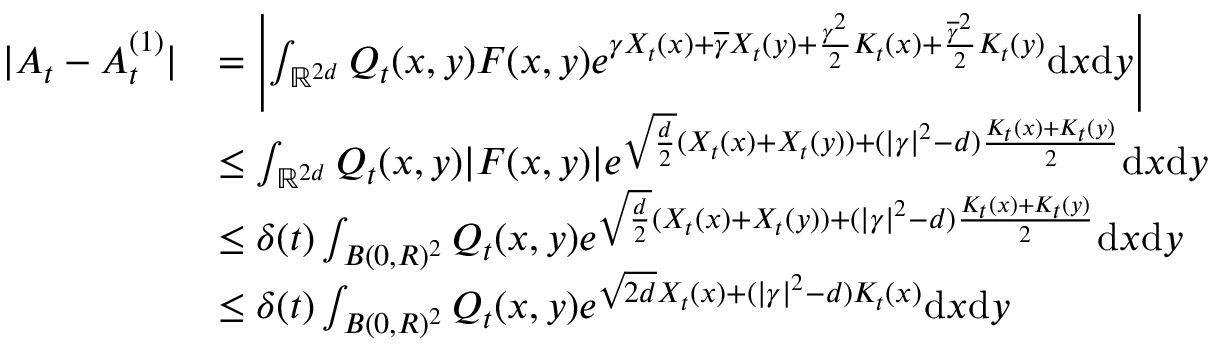
\begin{array} { r l } { | A _ { t } - A _ { t } ^ { ( 1 ) } | } & { = \left| \int _ { { \ensuremath { \mathbb R } } ^ { 2 d } } Q _ { t } ( x , y ) F ( x , y ) e ^ { \gamma X _ { t } ( x ) + \overline { \gamma } X _ { t } ( y ) + \frac { \gamma ^ { 2 } } { 2 } K _ { t } ( x ) + \frac { \overline { \gamma } ^ { 2 } } { 2 } K _ { t } ( y ) } \mathrm { d } x \mathrm { d } y \right| } \\ & { \le \int _ { { \ensuremath { \mathbb R } } ^ { 2 d } } Q _ { t } ( x , y ) | F ( x , y ) | e ^ { \sqrt { \frac { d } { 2 } } ( X _ { t } ( x ) + X _ { t } ( y ) ) + ( | \gamma | ^ { 2 } - d ) \frac { K _ { t } ( x ) + K _ { t } ( y ) } { 2 } } \mathrm { d } x \mathrm { d } y } \\ & { \le \delta ( t ) \int _ { B ( 0 , R ) ^ { 2 } } Q _ { t } ( x , y ) e ^ { \sqrt { \frac { d } { 2 } } ( X _ { t } ( x ) + X _ { t } ( y ) ) + ( | \gamma | ^ { 2 } - d ) \frac { K _ { t } ( x ) + K _ { t } ( y ) } { 2 } } \mathrm { d } x \mathrm { d } y } \\ & { \le \delta ( t ) \int _ { B ( 0 , R ) ^ { 2 } } Q _ { t } ( x , y ) e ^ { \sqrt { 2 d } X _ { t } ( x ) + ( | \gamma | ^ { 2 } - d ) K _ { t } ( x ) } \mathrm { d } x \mathrm { d } y } \end{array}